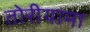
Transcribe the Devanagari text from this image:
तोरीयामा